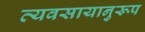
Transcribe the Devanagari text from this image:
व्यवसायानुरूप